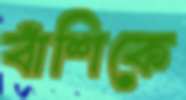
বাঁশিকে